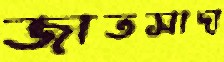
জাতসাদা